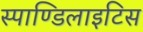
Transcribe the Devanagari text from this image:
स्पाण्डिलाइटिस